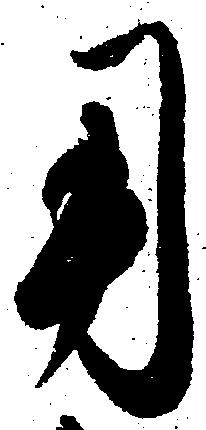
用